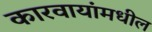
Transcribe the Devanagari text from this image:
कारवायांमधील